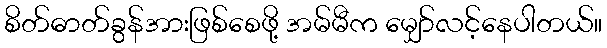
စိတ်ဓာတ်ခွန်အားဖြစ်စေဖို့ အမ်မီက မျှော်လင့်နေပါတယ်။